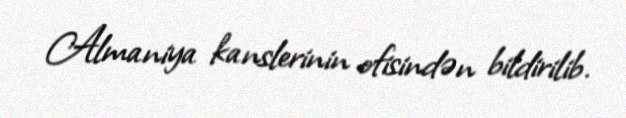
Almaniya kanslerinin ofisindən bildirilib.